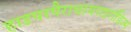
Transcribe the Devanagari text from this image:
हाइपरपैराथायराइरॉडिज्म